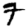
Digit: 7